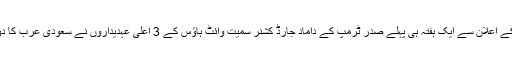
گرفتاریوں کے اعلان سے ایک ہفتہ ہی پہلے صدر ٹرمپ کے داماد جارڈ کشنر سمیت وائٹ ہاؤس کے 3 اعلیٰ عہدیداروں نے سعودی عرب کا دورہ بھی کیا۔